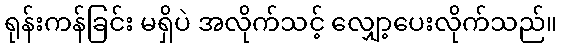
ရုန်းကန်ခြင်း မရှိပဲ အလိုက်သင့် လျှော့ပေးလိုက်သည်။